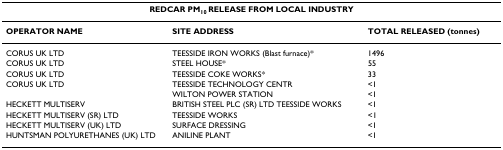
<table><thead><tr><td colspan="3"><b>REDCAR PM<sub>10 </sub>RELEASE FROM LOCAL INDUSTRY</b></td></tr></thead><tbody><tr><td><b>OPERATOR NAME</b></td><td><b>SITE ADDRESS</b></td><td><b>TOTAL RELEASED (tonnes)</b></td></tr><tr><td>CORUS UK LTD</td><td>TEESSIDE IRON WORKS (Blast furnace)*</td><td>1496</td></tr><tr><td>CORUS UK LTD</td><td>STEEL HOUSE*</td><td>55</td></tr><tr><td>CORUS UK LTD</td><td>TEESSIDE COKE WORKS*</td><td>33</td></tr><tr><td>CORUS UK LTD</td><td>TEESSIDE TECHNOLOGY CENTR</td><td>&lt;1</td></tr><tr><td></td><td>WILTON POWER STATION</td><td>&lt;1</td></tr><tr><td>HECKETT MULTISERV</td><td>BRITISH STEEL PLC (SR) LTD TEESSIDE WORKS</td><td>&lt;1</td></tr><tr><td>HECKETT MULTISERV (SR) LTD</td><td>TEESSIDE WORKS</td><td>&lt;1</td></tr><tr><td>HECKETT MULTISERV (UK) LTD</td><td>SURFACE DRESSING</td><td>&lt;1</td></tr><tr><td>HUNTSMAN POLYURETHANES (UK) LTD</td><td>ANILINE PLANT</td><td>&lt;1</td></tr></tbody></table>